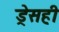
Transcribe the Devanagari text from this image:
ड्रेसही